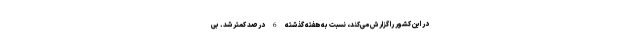
در این کشور را گزارش می‌کند، نسبت به هفته گذشته 6 درصد کمتر شد. بی